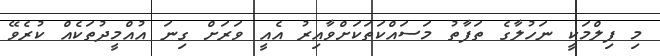
މި ފިލްމަކީ ނަހުލާގެ ތަފާތު މަސައްކަތަކަށްވާއިރު އެއީ ވަރަށް ގިނަ އުއްމީދުތަކެއް ކުރެވޭ